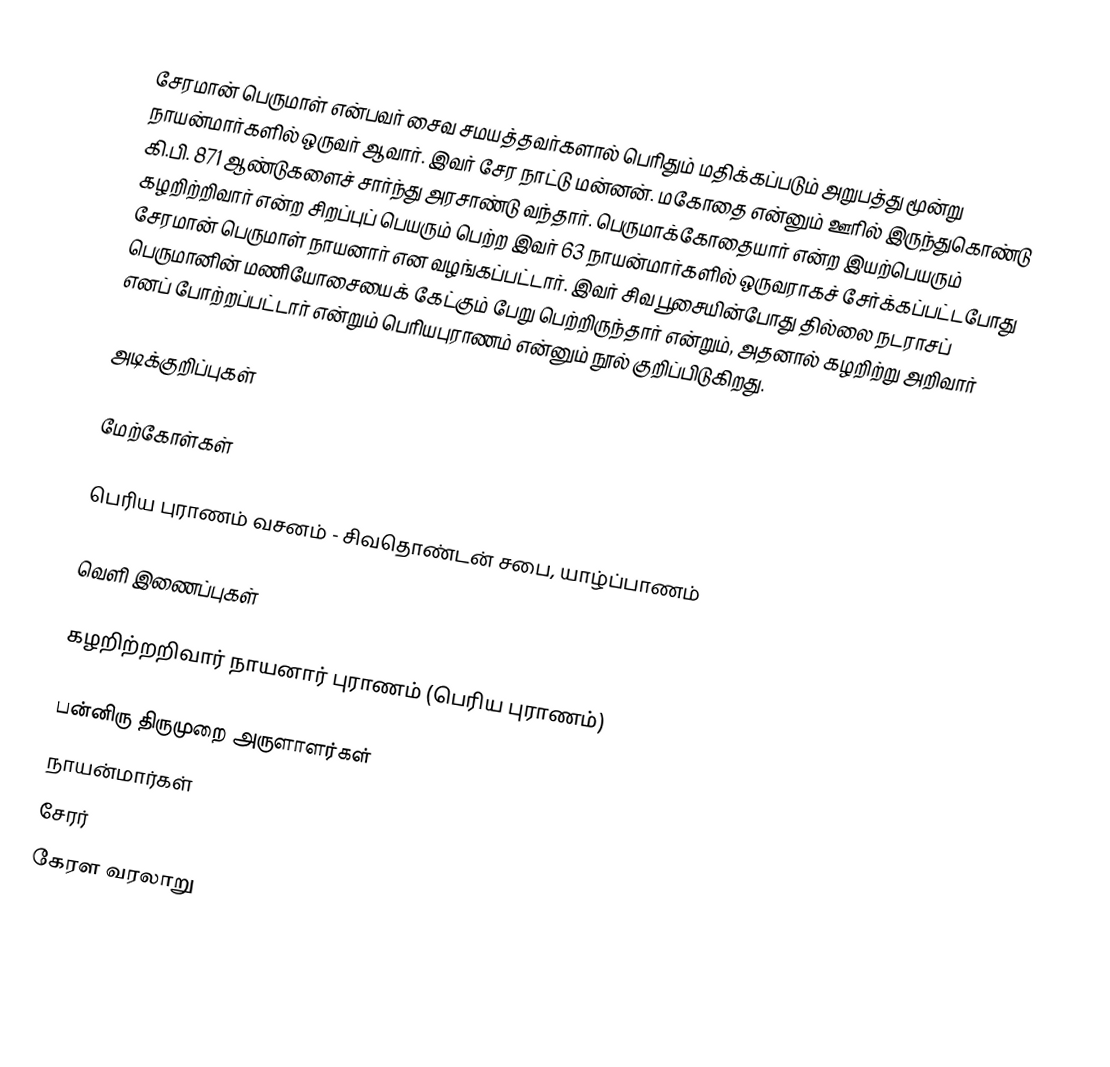
சேரமான் பெருமாள் என்பவர் சைவ சமயத்தவர்களால் பெரிதும் மதிக்கப்படும் அறுபத்து மூன்று நாயன்மார்களில் ஒருவர் ஆவார். இவர் சேர நாட்டு மன்னன். மகோதை என்னும் ஊரில் இருந்துகொண்டு கி.பி. 871 ஆண்டுகளைச் சார்ந்து அரசாண்டு வந்தார். பெருமாக்கோதையார் என்ற இயற்பெயரும் கழறிற்றிவார் என்ற சிறப்புப் பெயரும் பெற்ற இவர் 63 நாயன்மார்களில் ஒருவராகச் சேர்க்கப்பட்டபோது சேரமான் பெருமாள் நாயனார் என வழங்கப்பட்டார். இவர் சிவ பூசையின்போது தில்லை நடராசப் பெருமானின் மணியோசையைக் கேட்கும் பேறு பெற்றிருந்தார் என்றும், அதனால் கழறிற்று அறிவார்  எனப் போற்றப்பட்டார் என்றும் பெரியபுராணம் என்னும் நூல் குறிப்பிடுகிறது.

அடிக்குறிப்புகள்

மேற்கோள்கள்

 பெரிய புராணம் வசனம் - சிவதொண்டன் சபை, யாழ்ப்பாணம்

வெளி இணைப்புகள்

 கழறிற்றறிவார் நாயனார் புராணம் (பெரிய புராணம்)

பன்னிரு திருமுறை அருளாளர்கள்
நாயன்மார்கள்
சேரர்
கேரள வரலாறு